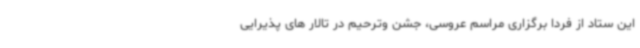
این ستاد از فردا برگزاری مراسم عروسی، جشن وترحیم در تالار های پذیرایی